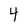
Character: 4